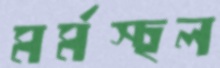
মর্মস্হল